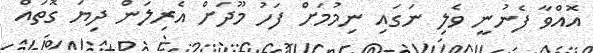
އޮއްވާ ފެނުނީ ވެލި ނަގައި ނިމުމަށް ފަހު މޫދަށް އެރިލަން ދިޔަ ގޮތައް